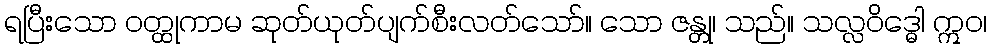
ရပြီးသော ဝတ္ထုကာမ ဆုတ်ယုတ်ပျက်စီးလတ်သော်။ သော ဇန္တု၊ သည်။ သလ္လဝိဒ္ဓေါ ဣဝ၊